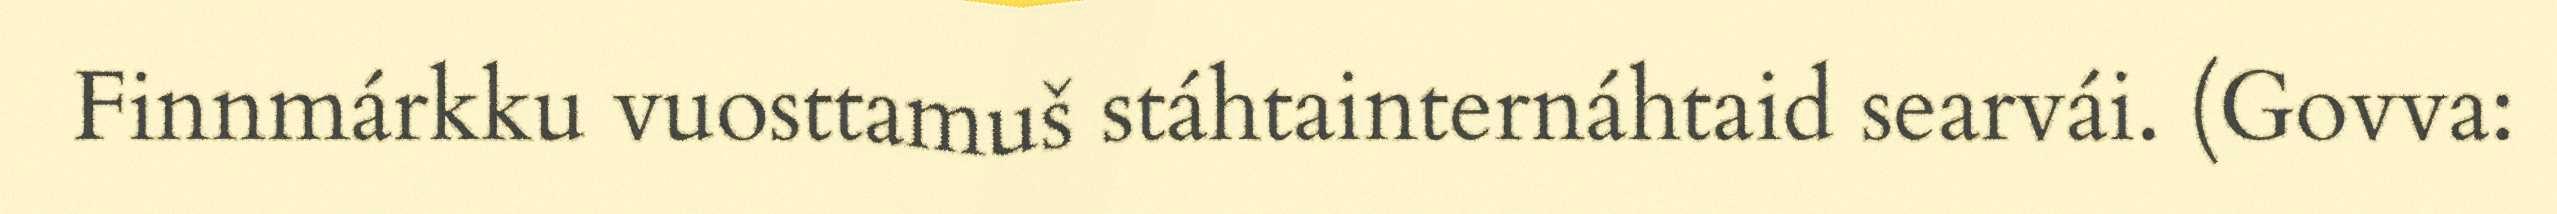
Finnmárkku vuosttamuš stáhtainternáhtaid searvái. (Govva: